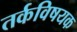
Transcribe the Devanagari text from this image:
तर्कविषयक